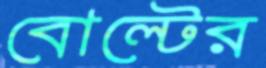
বোল্টের